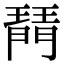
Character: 𤩟